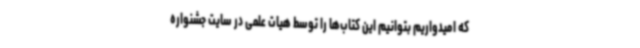
که امیدواریم بتوانیم این کتاب‌ها را توسط هیات علمی در سایت جشنواره